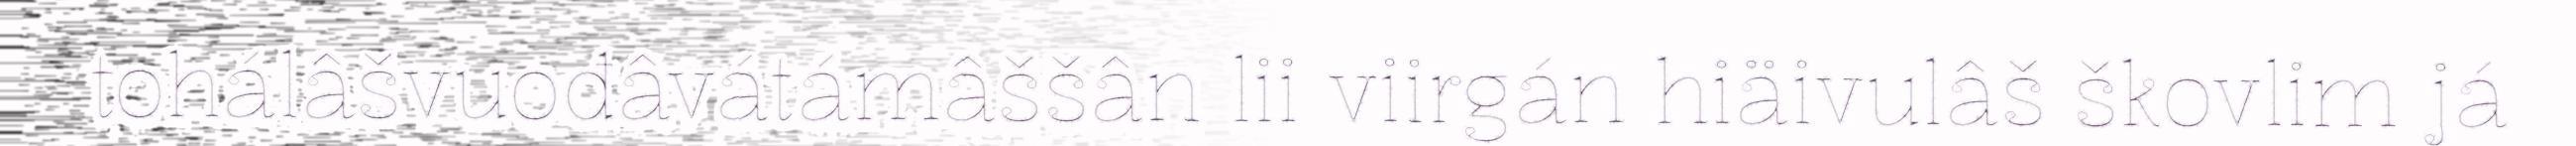
tohálâšvuođâvátámâššân lii viirgán hiäivulâš škovlim já